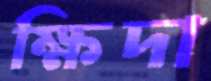
ক্ষিদা